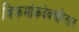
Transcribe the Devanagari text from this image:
विक्रमांकदेवचरितात